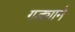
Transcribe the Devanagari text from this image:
गड्याने